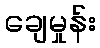
ချေမှုန်း